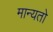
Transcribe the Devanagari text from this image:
मान्यतो